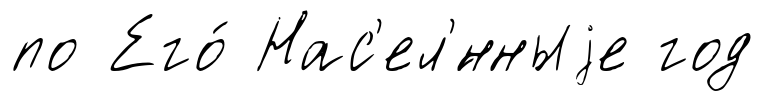
по Его́ Нас'ел'́нныjе год